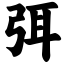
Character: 弭